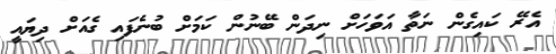
އެރޭ ކައިގެން ނަތާ އަވަހަށް ނިދަން ބޭނުން ކަމަށް ބުނެފައި ގެއަށް ދިޔައީ